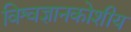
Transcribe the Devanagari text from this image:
विश्वज्ञानकोशीय